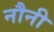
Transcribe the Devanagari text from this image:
नौनी